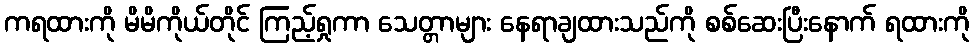
ကရထားကို မိမိကိုယ်တိုင် ကြည့်ရှုကာ သေတ္တာများ နေရာချထားသည်ကို စစ်ဆေးပြီးနောက် ရထားကို